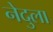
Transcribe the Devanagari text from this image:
नेदुला